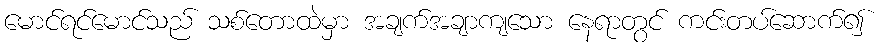
မောင်ရင်မောင်သည် သစ်တောထဲမှာ အချက်အချာကျသော နေရာတွင် ကင်းတပ်ဆောက်၍